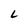
Character: L